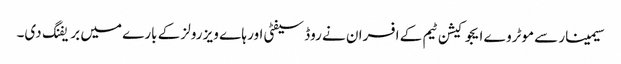
سیمینار سے موٹروے ایجوکیشن ٹیم کے افسران نے روڈ سیفٹی اور ہا ے ویز رولز کے بارے میں بریفنگ دی۔